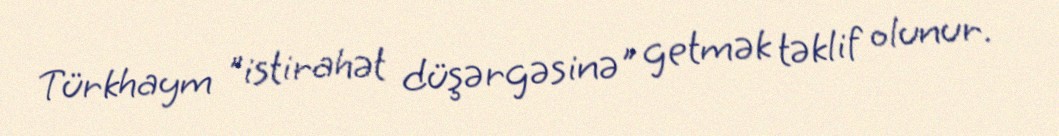
Türkhaym "istirahət düşərgəsinə" getmək təklif olunur.